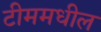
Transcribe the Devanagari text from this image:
टीममधील